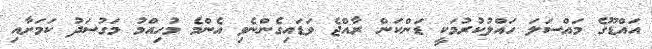
އައްޑޫގެ މައްސަލަ ހައްލުކުރުމަކީ ޑަންކަން ރާއްޖެ ވަޑައިގެންނެވި އެންމެ މުހިއްމު މަގުސަދު ކަމަށާއި